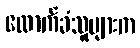
ထောက်ခံသူများက